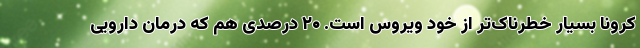
کرونا بسیار خطرناک‌تر از خود ویروس است. ۲۰ درصدی هم که درمان دارویی